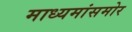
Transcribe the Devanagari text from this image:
माध्यमांसमोर